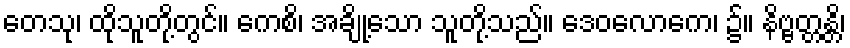
တေသု၊ ထိုသူတို့တွင်။ ကေစိ၊ အချို့သော သူတို့သည်။ ဒေဝလောကေ၊ ၌။ နိဗ္ဗတ္တန္တိ၊